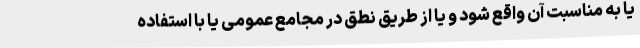
یا به مناسبت آن واقع شود و یا از طریق نطق در مجامع عمومی یا با استفاده